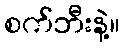
စက်ဘီးနဲ့။